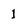
Character: 1